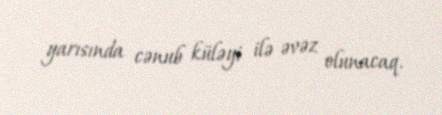
yarısında cənub küləyi ilə əvəz olunacaq.